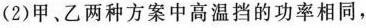
(2)甲、乙两种方案中高温档的功率相同，